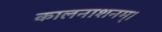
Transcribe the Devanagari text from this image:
कालनाशनम्।